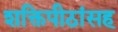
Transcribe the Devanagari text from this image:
शक्तिपीठांसह